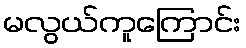
မလွယ်ကူကြောင်း